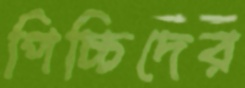
পিচ্চিদের